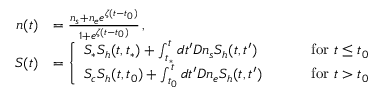
\begin{array} { r l r } { n ( t ) } & { = \frac { n _ { s } + n _ { e } e ^ { \zeta ( t - t _ { 0 } ) } } { 1 + e ^ { \zeta ( t - t _ { 0 } ) } } \, , } & \\ { S ( t ) } & { = \left\{ \begin{array} { l l } { S _ { * } S _ { h } ( t , t _ { * } ) + \int _ { t _ { * } } ^ { t } d t ^ { \prime } D n _ { s } S _ { h } ( t , t ^ { \prime } ) \qquad } & { \mathrm { ~ f o r ~ } t \le t _ { 0 } } \\ { S _ { c } S _ { h } ( t , t _ { 0 } ) + \int _ { t _ { 0 } } ^ { t } d t ^ { \prime } D n _ { e } S _ { h } ( t , t ^ { \prime } ) \qquad } & { \mathrm { ~ f o r ~ } t > t _ { 0 } } \end{array} \right. } \end{array}